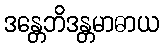
ဒန္တေဘိဒန္တမာဓာယ